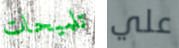
تلميحات علي